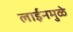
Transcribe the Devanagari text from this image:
लाईनमुळे